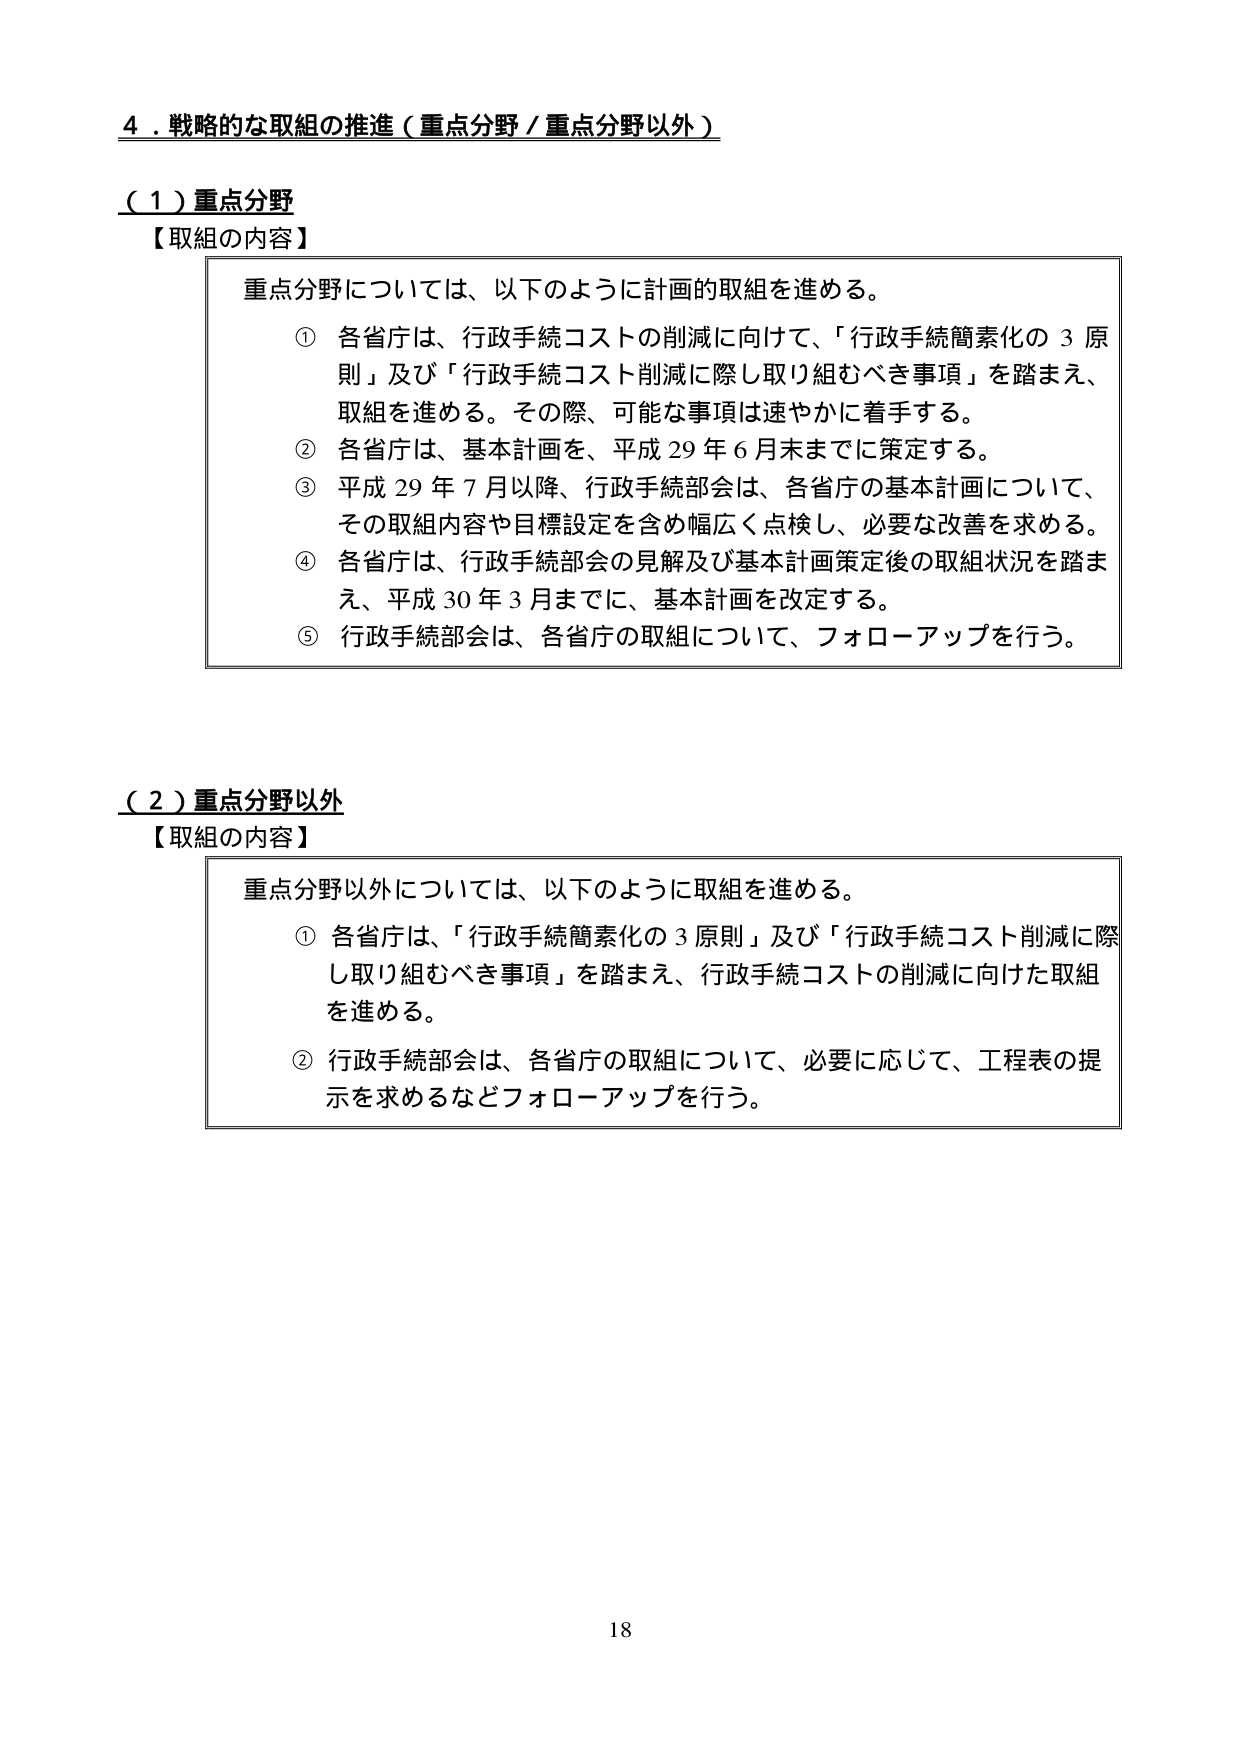
４．戦略的な取組の推進（重点分野／重点分野以外）

（１）重点分野
【取組の内容】
重点分野については、以下のように計画的取組を進める。
① 各省庁は、行政手続コストの削減に向けて、「行政手続簡素化の３原則」及び「行政手続コスト削減に際し取り組むべき事項」を踏まえ、取組を進める。その際、可能な事項は速やかに着手する。
② 各省庁は、基本計画を、平成29年6月末までに策定する。
③ 平成29年7月以降、行政手続部会は、各省庁の基本計画について、その取組内容や目標設定を含め幅広く点検し、必要な改善を求める。
④ 各省庁は、行政手続部会の見解及び基本計画策定後の取組状況を踏まえ、平成30年3月までに、基本計画を改定する。
⑤ 行政手続部会は、各省庁の取組について、フォローアップを行う。

（２）重点分野以外
【取組の内容】
重点分野以外については、以下のように取組を進める。
① 各省庁は、「行政手続簡素化の３原則」及び「行政手続コスト削減に際し取り組むべき事項」を踏まえ、行政手続コストの削減に向けた取組を進める。
② 行政手続部会は、各省庁の取組について、必要に応じて、工程表の提示を求めるなどフォローアップを行う。

18